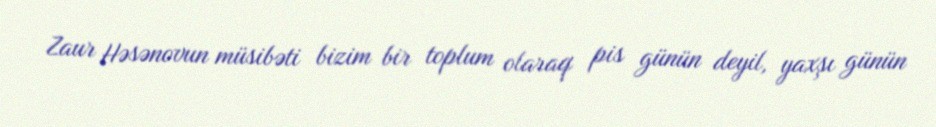
Zaur Həsənovun müsibəti bizim bir toplum olaraq pis günün deyil, yaxşı günün